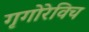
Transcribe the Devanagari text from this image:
गृगोरेविच